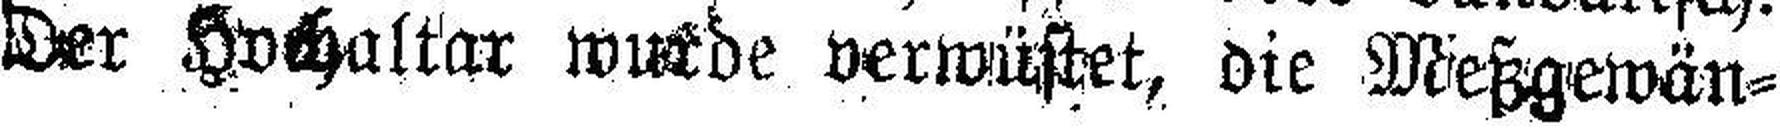
Der Hochaltar wurde verwüstet, die Meßgewän¬